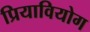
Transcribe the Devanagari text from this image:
प्रियावियोग